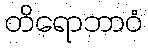
တိရောဘာဝံ